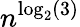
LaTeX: n^{\log_{2}(3)}